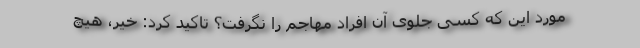
مورد این که کسی جلوی آن افراد مهاجم را نگرفت؟ تاکید کرد: خیر، هیچ